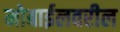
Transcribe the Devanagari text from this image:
मोबाईलवरील